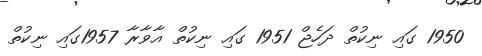
1950 ގައި ނިކުތް ދަހެޖް 1951 ގައި ނިކުތް އާވާރާ 1957ގައި ނިކުތް